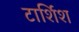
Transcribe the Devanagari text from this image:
टार्शिश